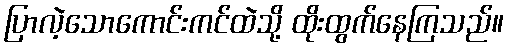
ပြာလဲ့သောကောင်းကင်ထဲသို့ ထိုးထွက်နေကြသည်။